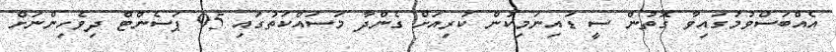
އެއްބަސްވުމުގައިވާ ގޮތުން ސީ ޑައިނަމިކުން ކުރިއަށް ގެންދާ މަސައްކަތުގައި 95 ޕަސެންޓް ދިވެހިންނަށް